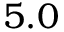
5 . 0